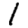
Digit: 1